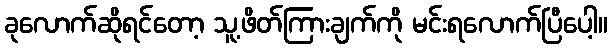
ခုလောက်ဆိုရင်တော့ သူ့ဖိတ်ကြားချက်ကို မင်းရလောက်ပြီပေါ့။